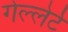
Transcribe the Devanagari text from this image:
गेल्लेर्ट